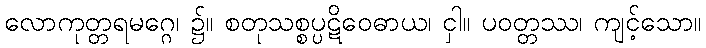
လောကုတ္တရမဂ္ဂေ၊ ၌။ စတုသစ္စပ္ပဋိဝေဓာယ၊ ငှါ။ ပဝတ္တဿ၊ ကျင့်သော။